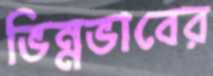
ভিন্নভাবের